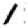
Digit: 1